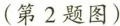
(第2题图)